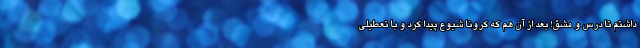
داشتم تا درس و مشق! بعد از آن هم که کرونا شیوع پیدا کرد و با تعطیلی